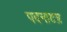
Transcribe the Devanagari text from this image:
पदनाटय़